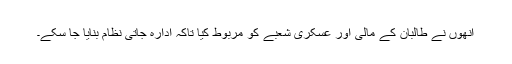
انھوں نے طالبان کے مالی اور عسکری شعبے کو مربوط کیا تاکہ ادارہ جاتی نظام بنایا جا سکے۔